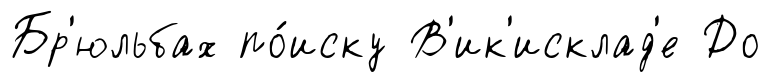
Бр'юльбах по́иску В'ик'исклад'е До